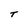
Character: T